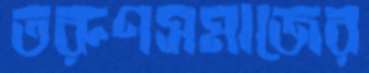
তরুণসমাজের